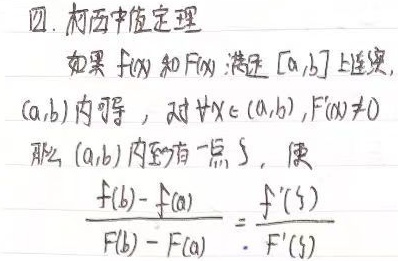
四. 柯西中值定理

如果 \(f(x)\) 和 \(F(x)\) 满足：在 \([a,b]\) 上连续，在 \((a,b)\) 内可导，且对 \(\forall x\in(a,b)\)，\(F'(x)\neq0\)。

那么在 \((a,b)\) 内至少有一点 \(\xi\)，使\(\frac{f(b)-f(a)}{F(b)-F(a)}=\frac{f'(\xi)}{F'(\xi)}\)